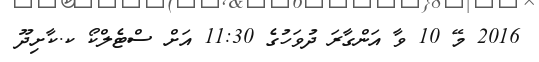
2016 މޭ 10 ވާ އަންގާރަ ދުވަހުގެ 11:30 އަށް ސްޓެލްކޯ ކ.ކާށިދޫ